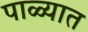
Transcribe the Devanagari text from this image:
पाळ्यात